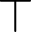
\top